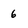
Character: 6